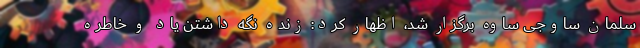
سلمان ساوجی ساوه برگزار شد، اظهار کرد: زنده نگه داشتن یاد و خاطره